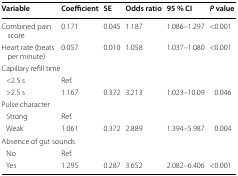
<table><thead><tr><td><b>Variable</b></td><td><b>Coefficient</b></td><td><b>SE</b></td><td><b>Odds ratio</b></td><td><b>95 % CI</b></td><td><b><i>P</i> value</b></td></tr></thead><tbody><tr><td>Combined pain score</td><td>0.171</td><td>0.045</td><td>1.187</td><td>1.086–1.297</td><td>&lt;0.001</td></tr><tr><td>Heart rate (beats per minute)</td><td>0.057</td><td>0.010</td><td>1.058</td><td>1.037–1.080</td><td>&lt;0.001</td></tr><tr><td colspan="6">Capillary refill time</td></tr><tr><td> &lt;2.5 s</td><td>Ref.</td><td></td><td></td><td></td><td></td></tr><tr><td> &gt;2.5 s</td><td>1.167</td><td>0.372</td><td>3.213</td><td>1.023–10.09</td><td>0.046</td></tr><tr><td colspan="6">Pulse character</td></tr><tr><td> Strong</td><td>Ref.</td><td></td><td></td><td></td><td></td></tr><tr><td> Weak</td><td>1.061</td><td>0.372</td><td>2.889</td><td>1.394–5.987</td><td>0.004</td></tr><tr><td colspan="6">Absence of gut sounds</td></tr><tr><td> No</td><td>Ref.</td><td></td><td></td><td></td><td></td></tr><tr><td> Yes</td><td>1.295</td><td>0.287</td><td>3.652</td><td>2.082–6.406</td><td>&lt;0.001</td></tr></tbody></table>